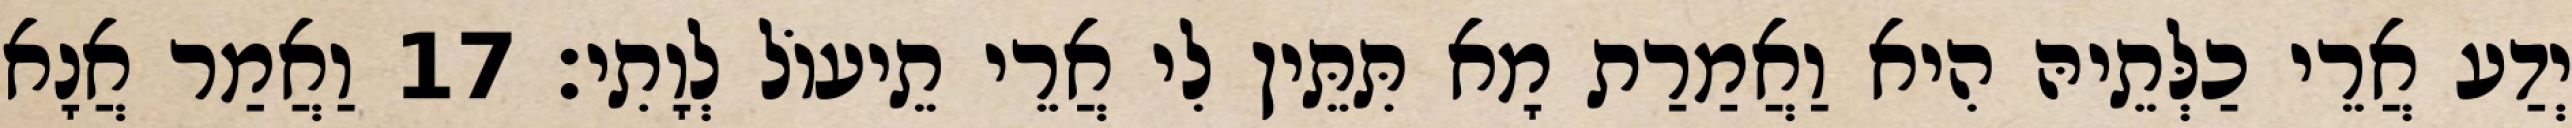
יְדַע אֲרֵי כַלְּתֵיהּ הִיא וַאֲמַרַת מָא תִּתֵּין לִי אֲרֵי תֵיעוֹל לְוָתִי׃ 17 וַאֲמַר אֲנָא